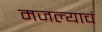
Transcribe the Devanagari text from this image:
मजल्याचं